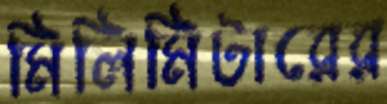
মিলিমিটারের